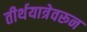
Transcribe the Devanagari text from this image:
तीर्थयात्रेवरून